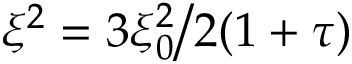
\xi ^ { 2 } = 3 \xi _ { 0 } ^ { 2 } \big / 2 ( 1 + \tau )